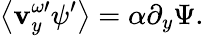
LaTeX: \left\langle\mathbf{v}_{y}^{\omega\prime}\psi^{\prime}\right\rangle=\alpha\partial_{y}\Psi.